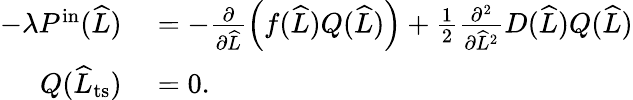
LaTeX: \begin{array}{rl}{-\lambda P^{\mathrm{in}}(\widehat{L})}&{{}=-\frac{\partial}{\partial\widehat{L}}\left(f(\widehat{L})Q(\widehat{L})\right)+\frac{1}{2}\frac{\partial^{2}}{\partial\widehat{L}^{2}}D(\widehat{L})Q(\widehat{L})}\\ {Q(\widehat{L}_{\mathrm{ts}})}&{{}=0.}\end{array}